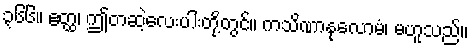
၃၆၆။ ဧတ္ထ၊ ဤတဆဲ့လေးပါးတို့တွင်။ ကသိဏာနုလောမံ၊ မဟူသည်။